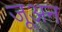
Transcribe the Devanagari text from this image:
जूअन